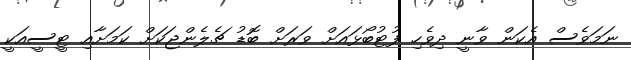
ނަމަވެސް އެކަން ވާނީ ދިވެހި ފުޓުބޯޅައަށް ވަރަށް ބޮޑު ޗެލެންޖަކަށް ކަމަށާއި ޓީސީއަކީ